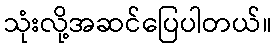
သုံးလို့အဆင်ပြေပါတယ်။